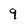
Character: 9